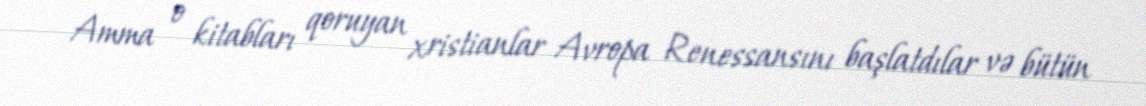
Amma o kitabları qoruyan xristianlar Avropa Renessansını başlatdılar və bütün